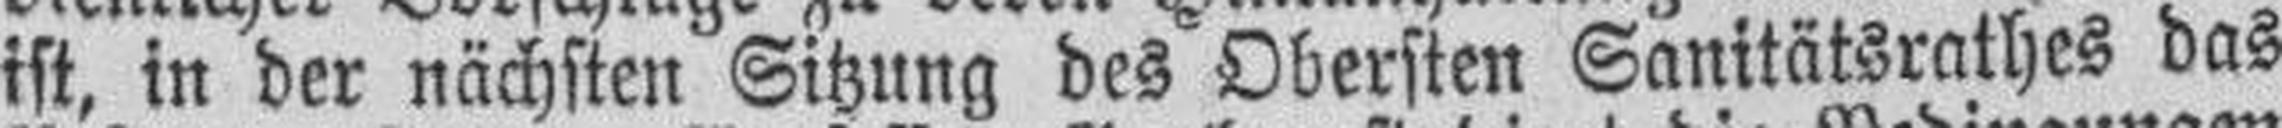
ist, in der nächsten Sitzung des Obersten Sanitätsrathes das